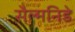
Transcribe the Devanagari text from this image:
सैल्मनिडे